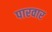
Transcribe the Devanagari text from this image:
पारवार